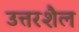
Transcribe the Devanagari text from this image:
उत्तरशैल